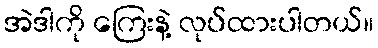
အဲဒါကို ကြေးနဲ့ လုပ်ထားပါတယ်။